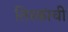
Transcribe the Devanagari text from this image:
तिस्कांची